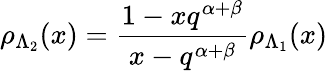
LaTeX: \rho_{\Lambda_{2}}(x)=\frac{1-xq^{\alpha+\beta}}{x-q^{\alpha+\beta}}\rho_{\Lambda_{1}}(x)